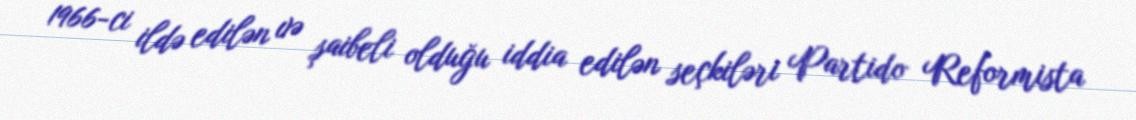
1966-ci ildə edilən və şaibeli olduğu iddia edilən seçkiləri Partido Reformista